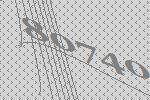
80740